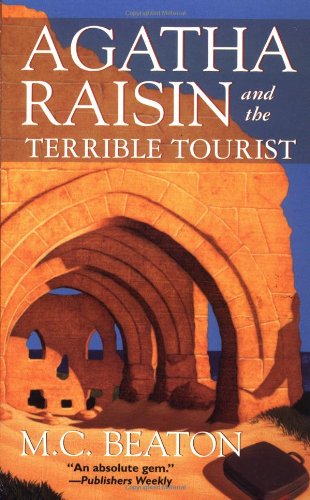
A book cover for Agatha Raisin and the Terrible Tourist (Agatha Raisin Mysteries, No. 6); M. C. Beaton; Travel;